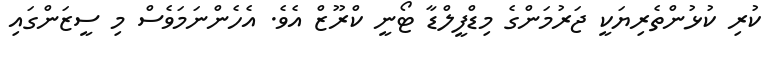
ކުރި ކުޅުންތެރިޔަކީ ޖަރުމަންގެ މިޑްފީލްޑާ ޓޯނީ ކްރޫޒް އެވެ. އެހެންނަމަވެސް މި ސީޒަންގައި